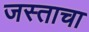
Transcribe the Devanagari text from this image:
जस्ताचा